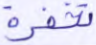
تخفوه